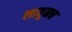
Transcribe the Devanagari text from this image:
लावूनच